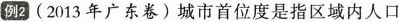
例2(2013年广东卷)城市首位度是指区域内人口